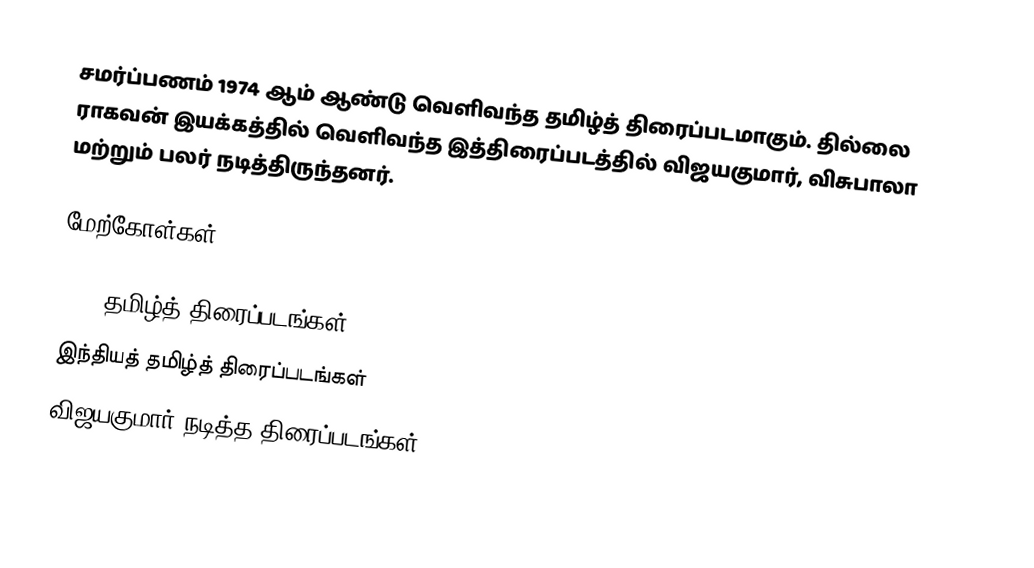
சமர்ப்பணம் 1974 ஆம் ஆண்டு வெளிவந்த தமிழ்த் திரைப்படமாகும். தில்லை ராகவன் இயக்கத்தில் வெளிவந்த இத்திரைப்படத்தில் விஜயகுமார், விசுபாலா மற்றும் பலர் நடித்திருந்தனர்.

மேற்கோள்கள்

1974 தமிழ்த் திரைப்படங்கள்
இந்தியத் தமிழ்த் திரைப்படங்கள்
விஜயகுமார் நடித்த திரைப்படங்கள்